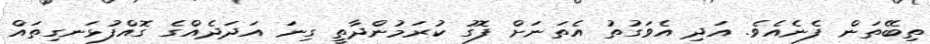
ތިބޭތަން ފެނެއެވެ. އަދި އެވަގުތު އެތަނަށް ފޮގު ކުރަމުންދާތީ ގިނަ އަދަދެއްގެ ގޮއްފުޅަނގިތައް